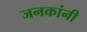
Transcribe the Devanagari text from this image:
जनकांनी